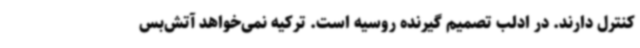
کنترل دارند. در ادلب تصمیم گیرنده روسیه است. ترکیه نمی‌خواهد آتش‌بس